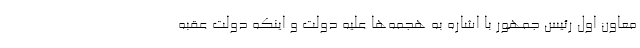
معاون اول رئیس جمهور با اشاره به هجمه‌ها علیه دولت و اینکه دولت عقبه